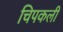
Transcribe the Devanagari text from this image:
चिपकली